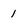
Character: 1